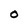
Character: O